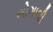
ભોગાલી